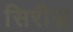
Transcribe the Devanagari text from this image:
सिरीज़़